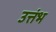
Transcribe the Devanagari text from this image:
उत्तंभ